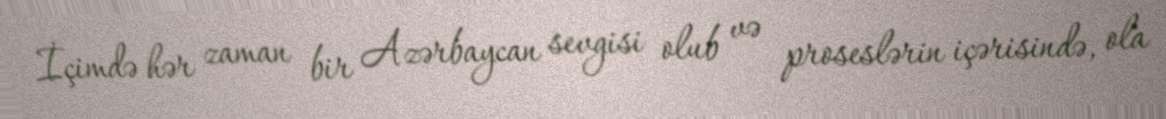
İçimdə hər zaman bir Azərbaycan sevgisi olub və proseslərin içərisində, ola